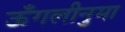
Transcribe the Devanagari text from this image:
ऊँगलीनुमा